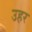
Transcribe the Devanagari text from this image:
उहर